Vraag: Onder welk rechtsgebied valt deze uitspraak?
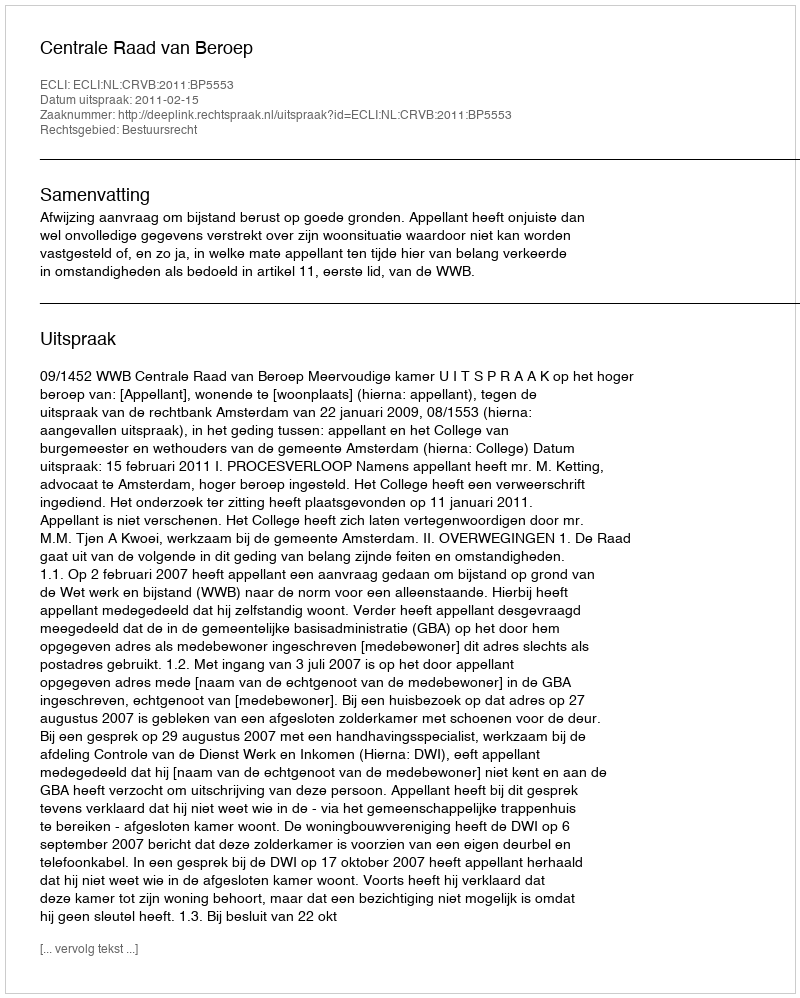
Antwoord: Bestuursrecht